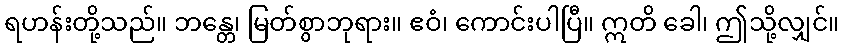
ရဟန်းတို့သည်။ ဘန္တေ၊ မြတ်စွာဘုရား။ ဧဝံ၊ ကောင်းပါပြီ။ ဣတိ ခေါ၊ ဤသို့လျှင်။